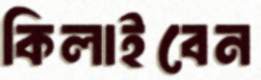
কিলাইবেন